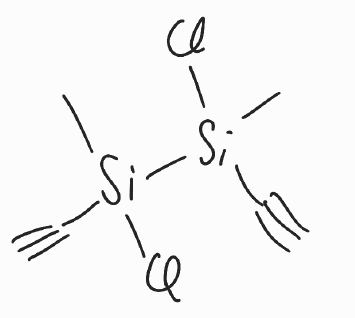
Simplified molecular-input line-entry system (SMILES) notation of the given molecule:
C[Si](C#C)([Si](C)(C#C)Cl)Cl